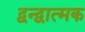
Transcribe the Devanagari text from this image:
द्वन्द्वात्मक